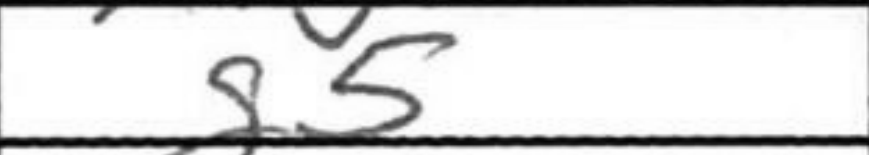
Transcription: g5